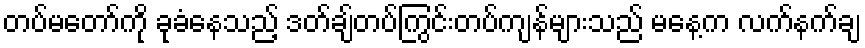
တပ်မတော်ကို ခုခံနေသည့် ဒတ်ချ်တပ်ကြွင်းတပ်ကျန်များသည် မနေ့က လက်နက်ချ